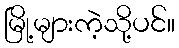
မြို့များကဲ့သို့ပင်။